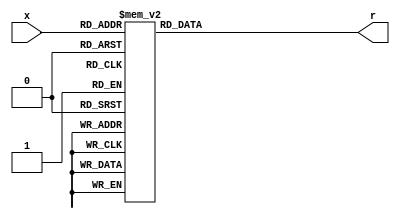
`timescale 1ns / 1ps
//////////////////////////////////////////////////////////////////////////////////
// Company: 
// Engineer: 
// 
// Design Name: 
// Module Name: hexto7segment
// Project Name: 
// Target Devices: 
// Tool Versions: 
// Description: 
// 
// Dependencies: 
// 
// Revision:
// Revision 0.01 - File Created
// Additional Comments:
// 
//////////////////////////////////////////////////////////////////////////////////


module hexto7segment(
    input[3:0] x,
    output reg[6:0] r
    );

always @(*)
    case(x)
        4'b0000: r = 7'b0000001;
        4'b0001: r = 7'b1001111;
        4'b0010: r = 7'b0010010;
        4'b0011: r = 7'b0000110;
        4'b0100: r = 7'b1001100;
        4'b0101: r = 7'b0100100;
        4'b0110: r = 7'b0100000;
        4'b0111: r = 7'b0001111;
        4'b1000: r = 7'b0000000;
        4'b1001: r = 7'b0001100;
        4'b1010: r = 7'b0001000;
        4'b1011: r = 7'b1100000;
        4'b1100: r = 7'b0110001;
        4'b1101: r = 7'b1000010;
        4'b1110: r = 7'b0110000;
        4'b1111: r = 7'b0111000;
    endcase

endmodule